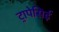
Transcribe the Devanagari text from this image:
ट्रापेसिई